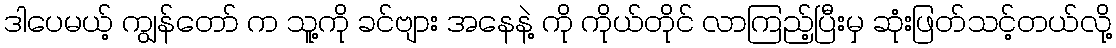
ဒါပေမယ့် ကျွန်တော် က သူ့ကို ခင်ဗျား အနေနဲ့ ကို ကိုယ်တိုင် လာကြည့်ပြီးမှ ဆုံးဖြတ်သင့်တယ်လို့